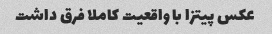
عکس پیتزا با واقعیت کاملا فرق داشت